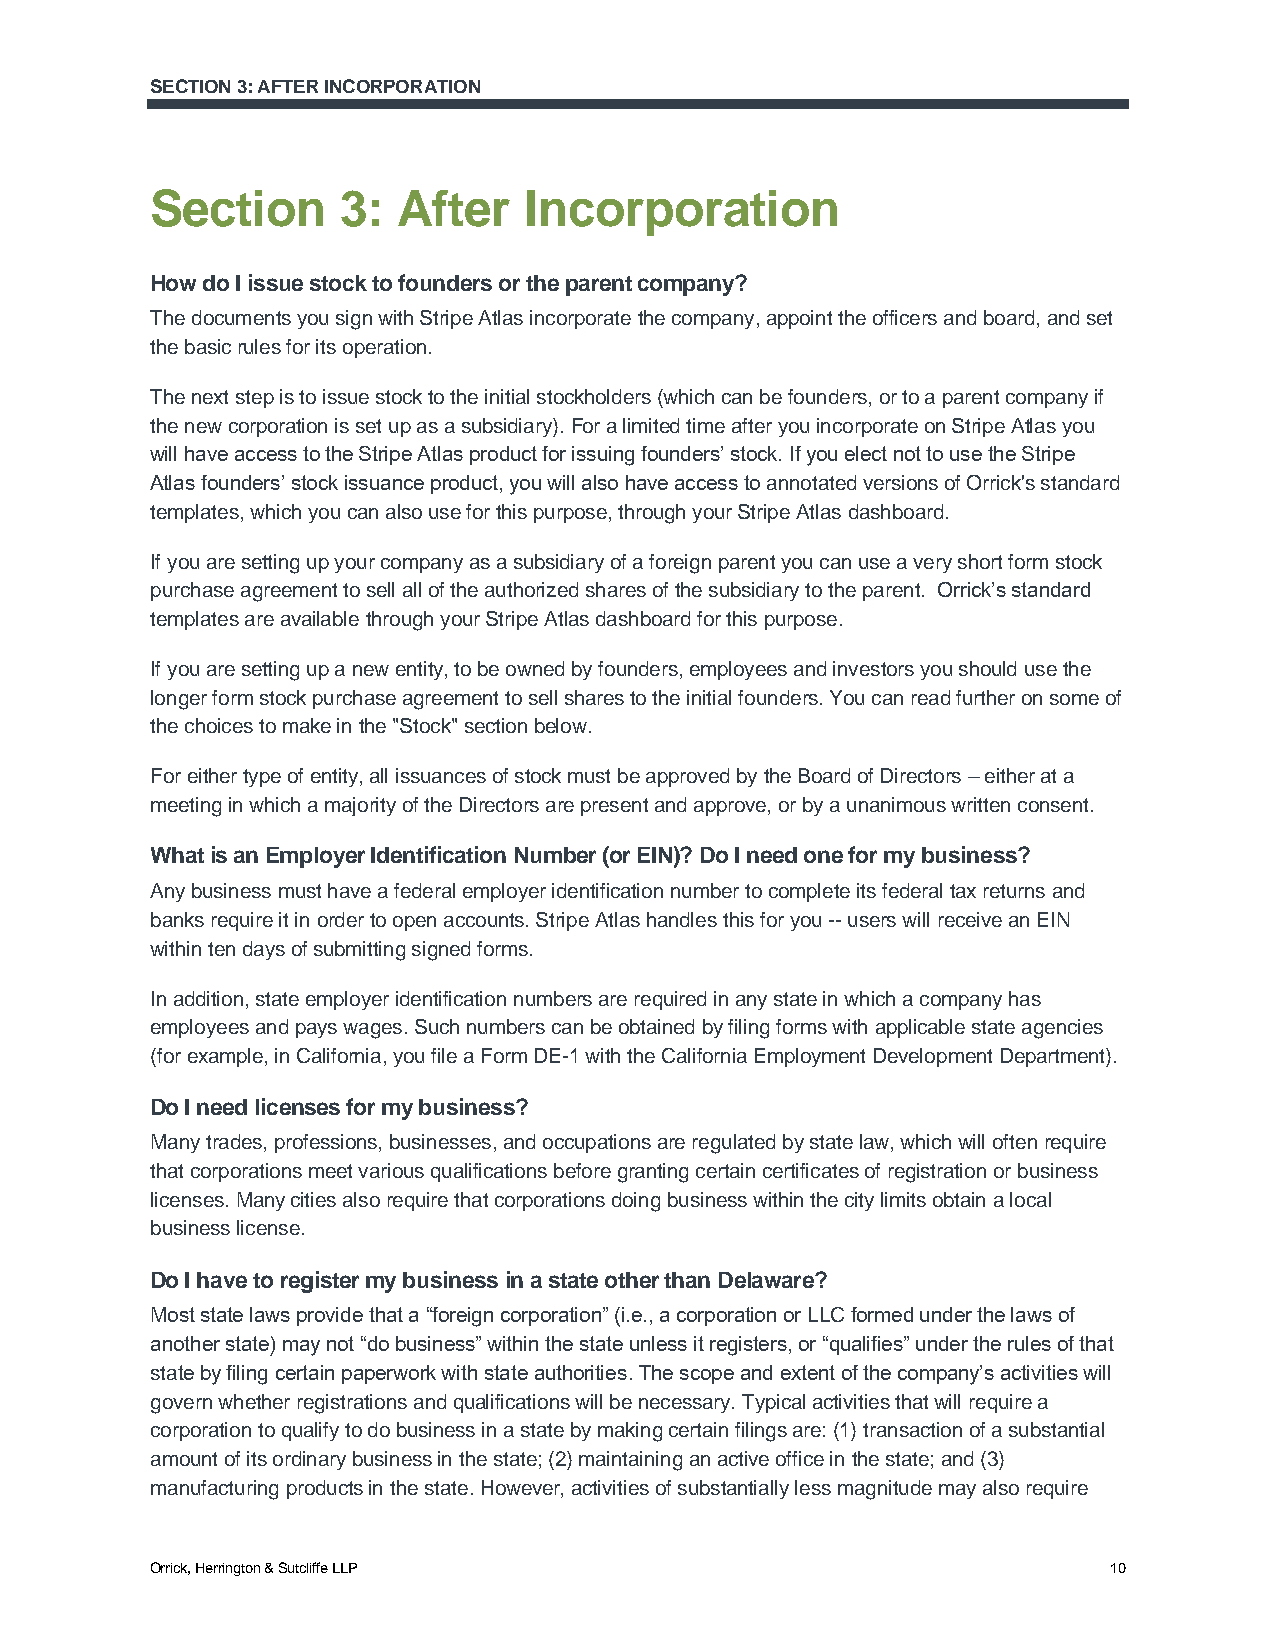
SECTION 3: AFTER INCORPORATION
 Section      3: After    Incorporation
 How do I issue stock to founders or the parent company?
 The documents you sign with Stripe Atlas incorporate the company, appoint the officers and board, and set
 the basic rules for its operation.
 The next step is to issue stock to the initial stockholders (which can be founders, or to a parent company if
 the new corporation is set up as a subsidiary). For a limited time after you incorporate on Stripe Atlas you
 will have access to the Stripe Atlas product for issuing founders’ stock. If you elect not to use the Stripe
 Atlas founders’ stock issuance product, you will also have access to annotated versions of Orrick's standard
 templates, which you can also use for this purpose, through your Stripe Atlas dashboard.
 If you are setting up your company as a subsidiary of a foreign parent you can use a very short form stock
 purchase agreement to sell all of the authorized shares of the subsidiary to the parent. Orrick’s standard
 templates are available through your Stripe Atlas dashboard for this purpose.
 If you are setting up a new entity, to be owned by founders, employees and investors you should use the
 longer form stock purchase agreement to sell shares to the initial founders. You can read further on some of
 the choices to make in the "Stock" section below.
 For either type of entity, all issuances of stock must be approved by the Board of Directors – either at a
 meeting in which a majority of the Directors are present and approve, or by a unanimous written consent.
 What is an Employer Identification Number (or EIN)? Do I need one for my business?
 Any business must have a federal employer identification number to complete its federal tax returns and
 banks require it in order to open accounts. Stripe Atlas handles this for you -- users will receive an EIN
 within ten days of submitting signed forms.
 In addition, state employer identification numbers are required in any state in which a company has
 employees and pays wages. Such numbers can be obtained by filing forms with applicable state agencies
 (for example, in California, you file a Form DE-1 with the California Employment Development Department).
 Do I need licenses for my business?
 Many trades, professions, businesses, and occupations are regulated by state law, which will often require
 that corporations meet various qualifications before granting certain certificates of registration or business
 licenses. Many cities also require that corporations doing business within the city limits obtain a local
 business license.
 Do I have to register my business in a state other than Delaware?
 Most state laws provide that a “foreign corporation” (i.e., a corporation or LLC formed under the laws of
 another state) may not “do business” within the state unless it registers, or “qualifies” under the rules of that
 state by filing certain paperwork with state authorities. The scope and extent of the company’s activities will
 govern whether registrations and qualifications will be necessary. Typical activities that will require a
 corporation to qualify to do business in a state by making certain filings are: (1) transaction of a substantial
 amount of its ordinary business in the state; (2) maintaining an active office in the state; and (3)
 manufacturing products in the state. However, activities of substantially less magnitude may also require
 Orrick, Herrington & Sutcliffe LLP                             10